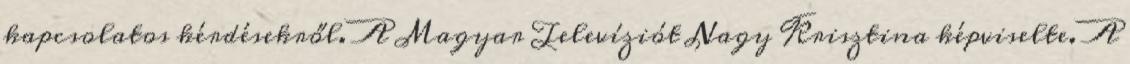
kapcsolatos kérdésekről. A Magyar Televíziót Nagy Krisztina képviselte. A